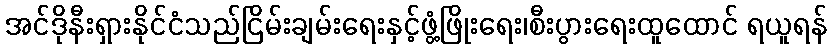
အင်ဒိုနီးရှားနိုင်ငံသည်ငြိမ်းချမ်းရေးနှင့်ဖွံ့ဖြိုးရေး၊စီးပွားရေးထူထောင် ရယူရန်